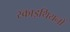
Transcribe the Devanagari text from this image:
स्काइथियनों